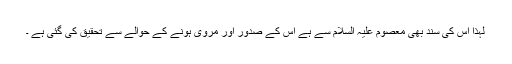
لہذا اس کی سند بھی معصوم علیہ السلام سے ہے اس کے صدور اور مروی ہونے کے حوالے سے تحقیق کی گئی ہے ۔